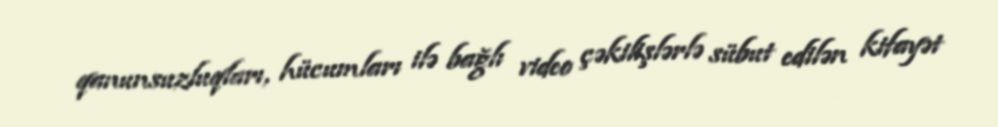
qanunsuzluqları, hücumları ilə bağlı video çəkilişlərlə sübut edilən kifayət